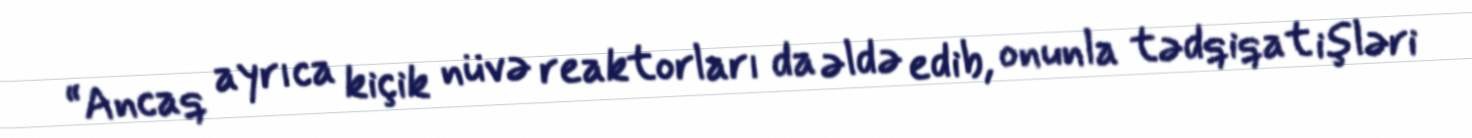
“Ancaq ayrıca kiçik nüvə reaktorları da əldə edib, onunla tədqiqat işləri